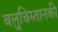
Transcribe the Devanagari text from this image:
बलुचिस्तानकी